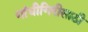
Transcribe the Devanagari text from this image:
गांधीगिरीसाठी